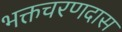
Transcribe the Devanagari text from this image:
भक्तचरणदास